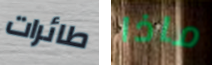
طائرات ماذا